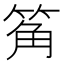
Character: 䇶